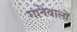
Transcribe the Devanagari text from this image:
गानेवालों